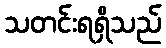
သတင်းရရှိသည်